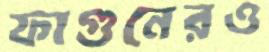
ফাগুনেরও